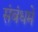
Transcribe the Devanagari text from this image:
संबंधमें